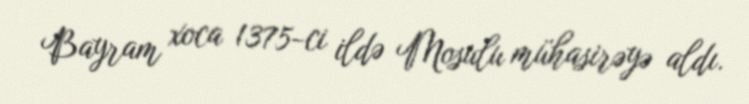
Bayram xoca 1375-ci ildə Mosulu mühasirəyə aldı.